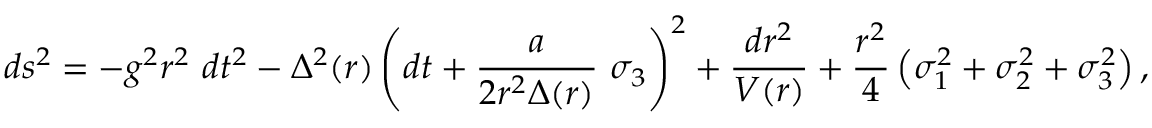
d s ^ { 2 } = - g ^ { 2 } r ^ { 2 } \ d t ^ { 2 } - \Delta ^ { 2 } ( r ) \left( d t + \frac { a } { 2 r ^ { 2 } \Delta ( r ) } \ \sigma _ { 3 } \right) ^ { 2 } + \frac { d r ^ { 2 } } { V ( r ) } + \frac { r ^ { 2 } } { 4 } \left( \sigma _ { 1 } ^ { 2 } + \sigma _ { 2 } ^ { 2 } + \sigma _ { 3 } ^ { 2 } \right) ,